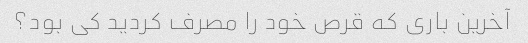
آخرین باری که قرص خود را مصرف کردید کی بود؟